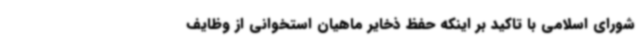
شورای اسلامی با تاکید بر اینکه حفظ ذخایر ماهیان استخوانی از وظایف